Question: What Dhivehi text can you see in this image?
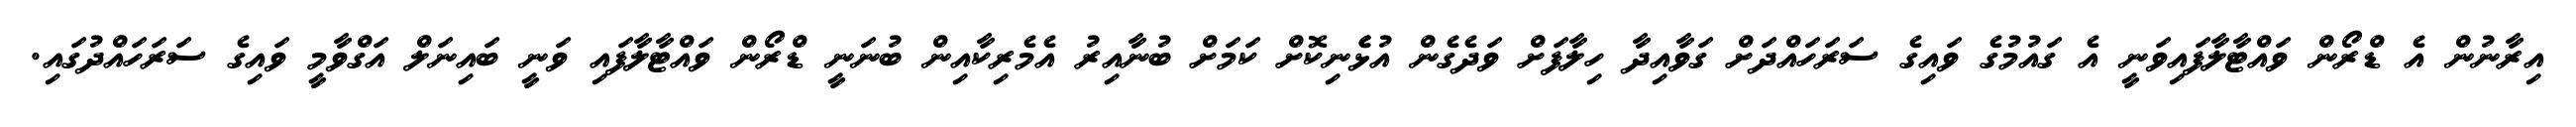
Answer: އިރާނުން އެ ޑްރޯން ވައްޓާލާފައިވަނީ އެ ގައުމުގެ ވައިގެ ސަރަހައްދަށް ގަވާއިދާ ހިލާފަށް ވަދެގެން އުޅެެނިކޮށް ކަމަށް ބުނާއިރު އެމެރިކާއިން ބުނަނީ ޑްރޯން ވައްޓާލާފައި ވަނީ ބައިނަލް އަގްވާމީ ވައިގެ ސަރަހައްދުގައި.